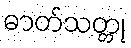
ဓာတ်သတ္တု